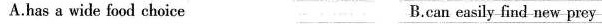
A,has a wide food choice B.can easily find new prey